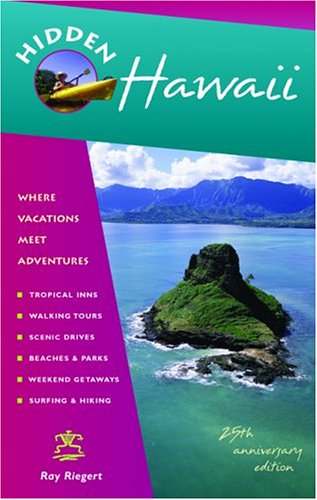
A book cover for Hidden Hawaii: Including Oahu, Maui, Kauai, Lanai, Molokai, and the Big Island; Ray Riegert; Travel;